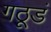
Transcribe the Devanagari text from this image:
गठूडं